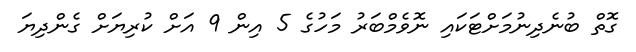
ގޮތް ބުނެދިނުމަށްޓަކައި ނޮވެމްބަރު މަހުގެ 5 އިން 9 އަށް ކުރިޔަށް ގެންދިޔަ